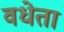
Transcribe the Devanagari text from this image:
वधेता